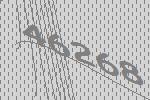
46268